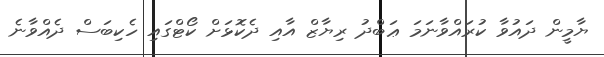
ޔާމީން ދައުވާ ކުރައްވާނަމަ ޢަބްދު ރިޔާޒް އާއި ދެކޮޅަށް ކޯޓްގައި ހެކިބަސް ދެއްވާނެ